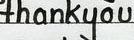
thankyou